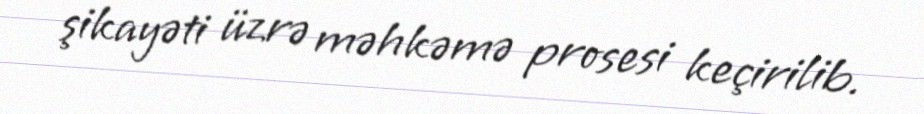
şikayəti üzrə məhkəmə prosesi keçirilib.